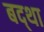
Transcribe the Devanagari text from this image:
बद्था